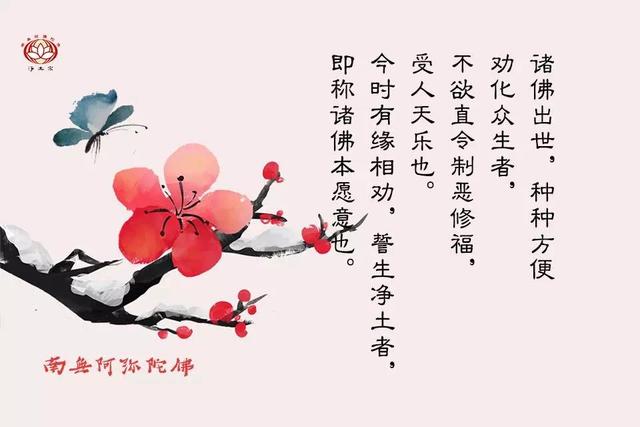
美色不同面，皆佳于目悲音不共声，皆快于耳。